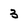
Character: 3